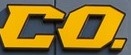
CO.